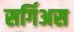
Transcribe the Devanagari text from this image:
सर्गिअस